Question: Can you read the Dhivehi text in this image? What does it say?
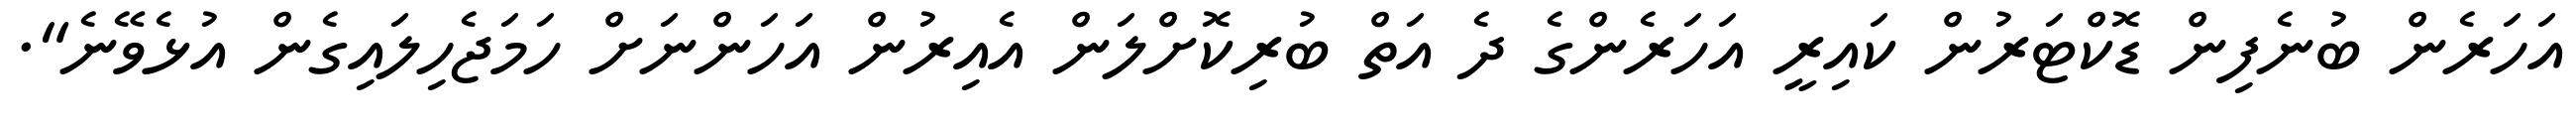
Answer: އަހަރެން ބުނެފިން ޑޮކްޓަރުން ކައިރީ އަހަރެންގެ ދެ އަތް ބުރިކޮށްލަން އެއިރުން އަހަންނަށް ހަމަޖެހިލައިގެން އުޅެވޭނެ".